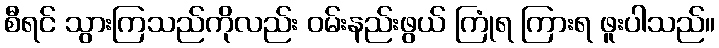
စီရင် သွားကြသည်ကိုလည်း ဝမ်းနည်းဖွယ် ကြုံရ ကြားရ ဖူးပါသည်။